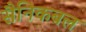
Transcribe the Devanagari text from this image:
सैनिकबल